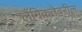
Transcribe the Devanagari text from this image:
लैंगिकतेवरील